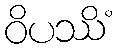
ဝိပဿိံ